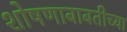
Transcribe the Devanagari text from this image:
शोषणाबाबतीच्या